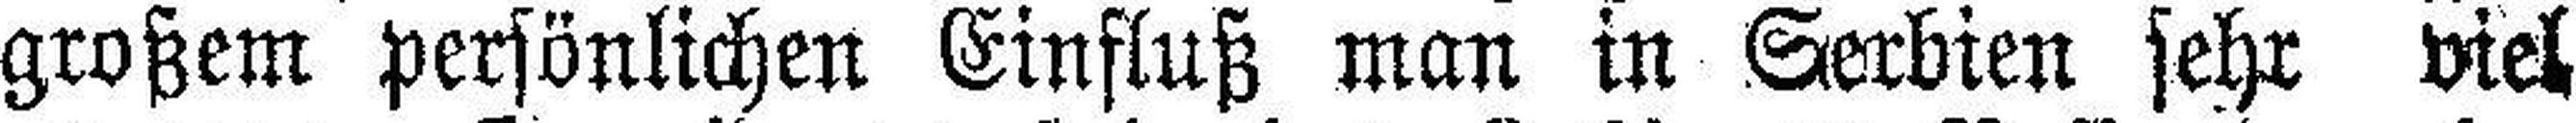
großem persönlichen Einfluß man in Serbien sehr viel